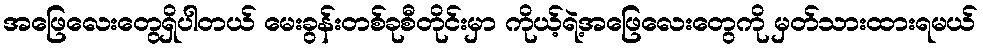
အဖြေလေးတွေရှိပါတယ် မေးခွန်းတစ်ခုစီတိုင်းမှာ ကိုယ့်ရဲ့အဖြေလေးတွေကို မှတ်သားထားရမယ်